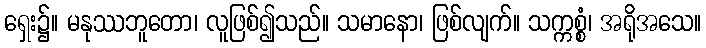
ရှေး၌။ မနုဿဘူတော၊ လူဖြစ်၍သည်။ သမာနော၊ ဖြစ်လျက်။ သက္ကစ္စံ၊ အရိုအသေ။